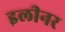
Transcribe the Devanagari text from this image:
इलीनर